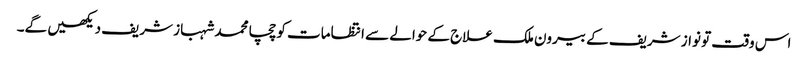
اس وقت تو نواز شریف کے بیرون ملک علاج کے حوالے سے انتظامات کو چچا محمد شہباز شریف دیکھیں گے۔